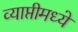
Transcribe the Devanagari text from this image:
व्याप्तीमध्ये